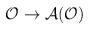
LaTeX: \begin{align*}\mathcal{O}\rightarrow\mathcal{A}(\mathcal{O})\end{align*}